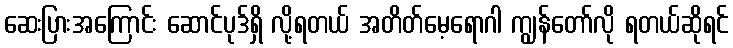
ဆေးပြားအကြောင်း ဆောင်ပုဒ်ရှိ လို့ရတယ် အတိတ်မေ့ရောဂါ ကျွန်တော်လို ရတယ်ဆိုရင်